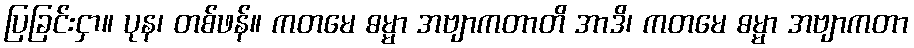
ပြခြင်းငှာ။ ပုန၊ တစ်ဖန်။ ကတမေ ဓမ္မာ အဗျာကတာတိ အာဒိ၊ ကတမေ ဓမ္မာ အဗျာကတာ